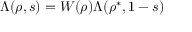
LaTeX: \Lambda ( \rho , s ) = W ( \rho ) \Lambda ( \rho ^ { * } , 1 - s )